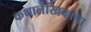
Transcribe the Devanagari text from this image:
कथालेखिकांचा